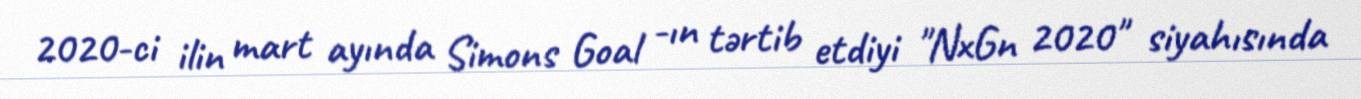
2020-ci ilin mart ayında Simons Goal -ın tərtib etdiyi "NxGn 2020" siyahısında